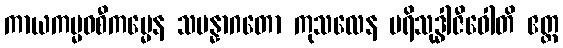
ကာယကမ္မဝစီကမ္မေန သမန္နာဂတော ကုသလေန ပရိသုဒ္ဓါဇီဝေါတိ ဧတ္ထ